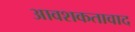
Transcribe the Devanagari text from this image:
आवशकतावाद